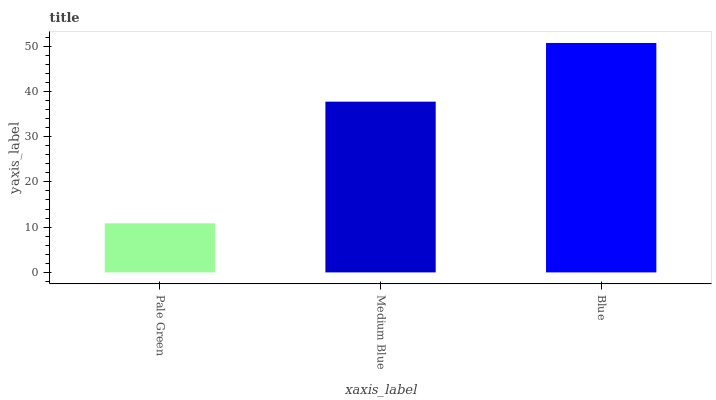
| xaxis_label | bars |
 | --- | --- |
 | Pale Green | 10.8 |
 | Medium Blue | 37.7 |
 | Blue | 50.7 |